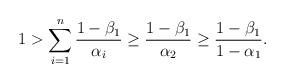
LaTeX: \begin{align*}1> \sum_{i=1}^n \frac{1-\beta_1}{\alpha_i} \geq \frac{1-\beta_1}{\alpha_2} \geq \frac{1-\beta_1}{1-\alpha_1}.\end{align*}